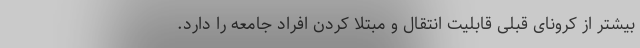
بیشتر از کرونای قبلی قابلیت انتقال و مبتلا کردن افراد جامعه را دارد.